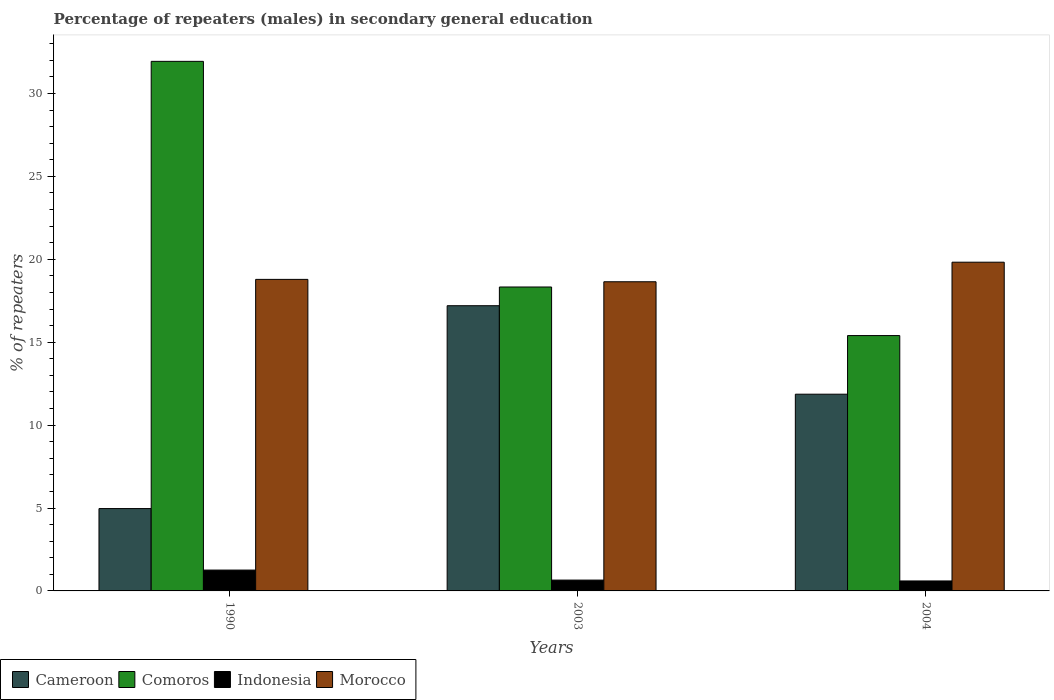
| Years | Cameroon | Comoros | Indonesia | Morocco |
 | --- | --- | --- | --- | --- |
 | 1990 | 4.97 | 31.9 | 1.26 | 18.8 |
 | 2003 | 17.2 | 18.3 | 0.653 | 18.6 |
 | 2004 | 11.9 | 15.4 | 0.602 | 19.8 |